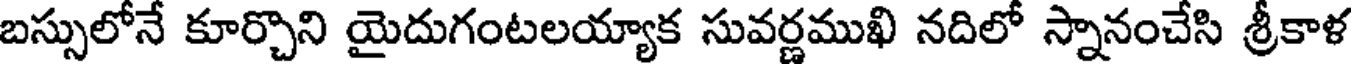
బస్సులోనే కూర్చొని యైదుగంటలయ్యాక సువర్ణముఖి నదిలో స్నానంచేసి శ్రీకాళ